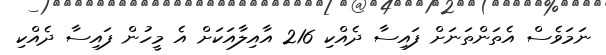
ނަމަވެސް އެތަންތަނަށް ފައިސާ ދެއްކި 216 އާއިލާއަކަށް އެ މީހުން ފައިސާ ދެއްކި